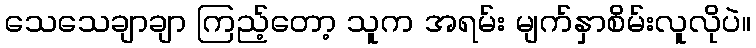
သေသေချာချာ ကြည့်တော့ သူက အရမ်း မျက်နှာစိမ်းလူလိုပဲ။